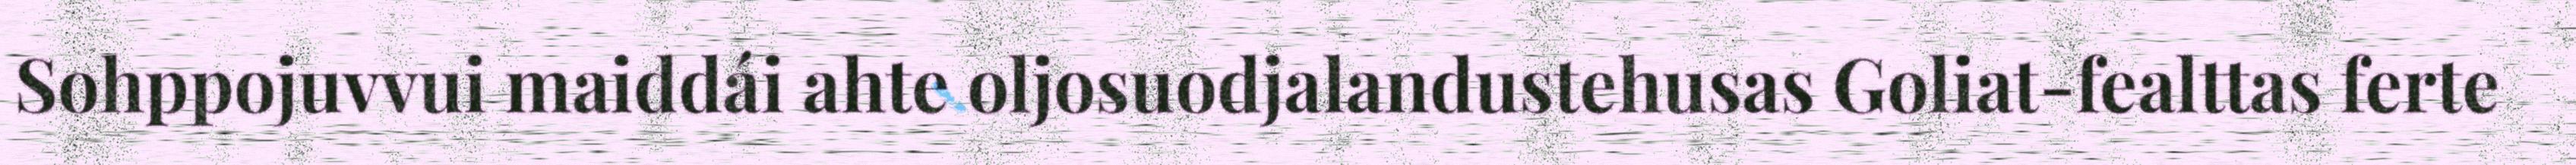
Sohppojuvvui maiddái ahte oljosuodjalandustehusas Goliat-fealttas ferte